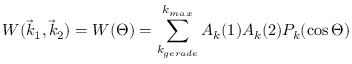
W ( { \vec { k } } _ { 1 } , { \vec { k } } _ { 2 } ) = W ( \Theta ) = \sum _ { k _ { g e r a d e } } ^ { k _ { m a x } } A _ { k } ( 1 ) A _ { k } ( 2 ) P _ { k } ( \cos { \Theta } )